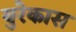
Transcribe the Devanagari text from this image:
युरेकास